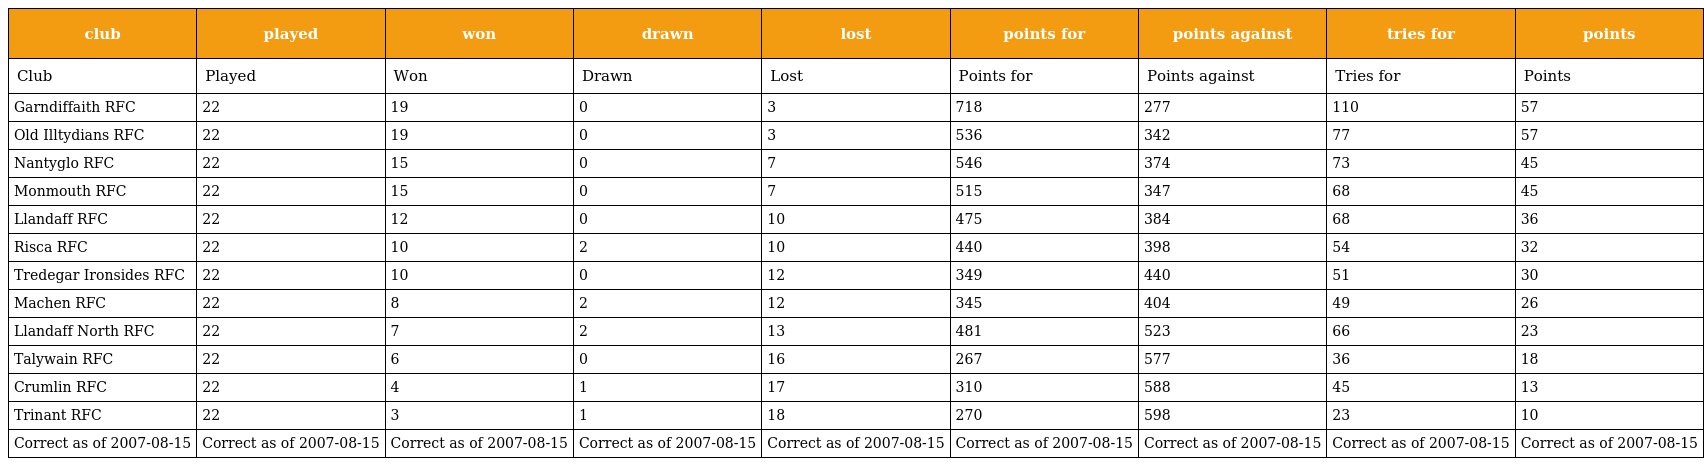
| club | played | won | drawn | lost | points for | points against | tries for | points |
 | --- | --- | --- | --- | --- | --- | --- | --- | --- |
 | Club | Played | Won | Drawn | Lost | Points for | Points against | Tries for | Points |
 | Garndiffaith RFC | 22 | 19 | 0 | 3 | 718 | 277 | 110 | 57 |
 | Old Illtydians RFC | 22 | 19 | 0 | 3 | 536 | 342 | 77 | 57 |
 | Nantyglo RFC | 22 | 15 | 0 | 7 | 546 | 374 | 73 | 45 |
 | Monmouth RFC | 22 | 15 | 0 | 7 | 515 | 347 | 68 | 45 |
 | Llandaff RFC | 22 | 12 | 0 | 10 | 475 | 384 | 68 | 36 |
 | Risca RFC | 22 | 10 | 2 | 10 | 440 | 398 | 54 | 32 |
 | Tredegar Ironsides RFC | 22 | 10 | 0 | 12 | 349 | 440 | 51 | 30 |
 | Machen RFC | 22 | 8 | 2 | 12 | 345 | 404 | 49 | 26 |
 | Llandaff North RFC | 22 | 7 | 2 | 13 | 481 | 523 | 66 | 23 |
 | Talywain RFC | 22 | 6 | 0 | 16 | 267 | 577 | 36 | 18 |
 | Crumlin RFC | 22 | 4 | 1 | 17 | 310 | 588 | 45 | 13 |
 | Trinant RFC | 22 | 3 | 1 | 18 | 270 | 598 | 23 | 10 |
 | Correct as of 2007-08-15 | Correct as of 2007-08-15 | Correct as of 2007-08-15 | Correct as of 2007-08-15 | Correct as of 2007-08-15 | Correct as of 2007-08-15 | Correct as of 2007-08-15 | Correct as of 2007-08-15 | Correct as of 2007-08-15 |